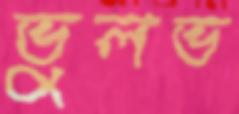
ভুলভ